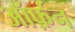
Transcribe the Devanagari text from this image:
ऑर्फ़न